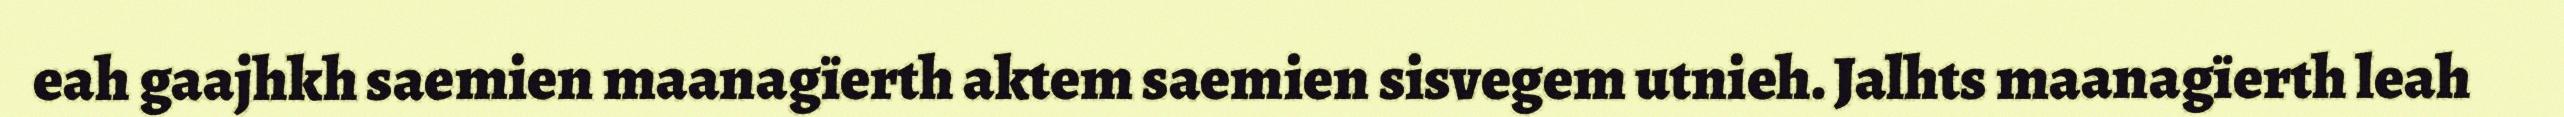
eah gaajhkh saemien maanagïerth aktem saemien sisvegem utnieh. Jalhts maanagïerth leah